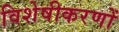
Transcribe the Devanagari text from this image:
विशेषीकरणों